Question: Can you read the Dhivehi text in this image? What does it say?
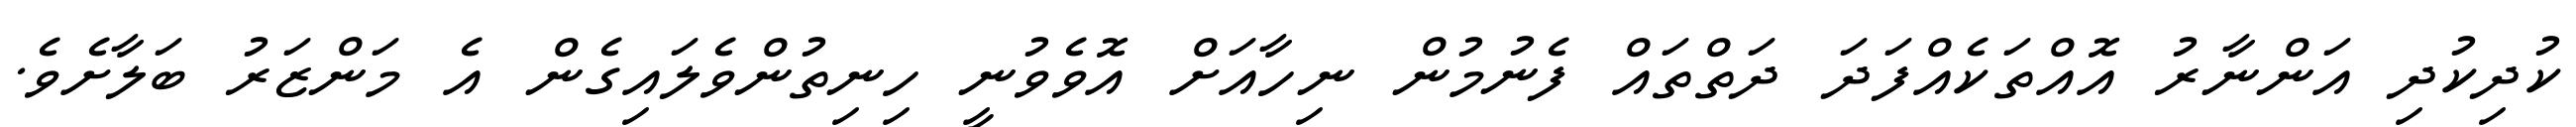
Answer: ކުދިކުދި އަންނާރު އޮއްތަކެއްފަދަ ދަތްތައް ފެނުމުން ނިހާއަށް އޮވެވުނީ ހިނިތުންވެލައިގެން އެ މަންޒަރު ބަލާށެވެ.